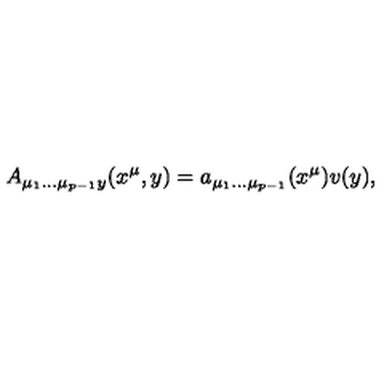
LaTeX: A _ { \mu _ { 1 } \dots \mu _ { p - 1 } y } ( x ^ { \mu } , y ) = a _ { \mu _ { 1 } \dots \mu _ { p - 1 } } ( x ^ { \mu } ) v ( y ) ,